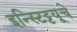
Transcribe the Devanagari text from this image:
इन्स्टिट्टयूचे